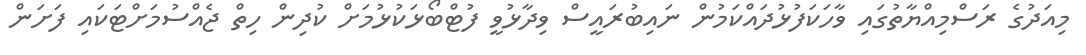
މިއަދުގެ ރަސްމިއްޔާތުގައި ވާހަކަފުޅުދައްކަމުން ނައިބުރައީސް ވިދާޅުވީ ފުޓްބޯޅަކުޅުމަށް ކުދިން ހިތް ޖެއްސުމަށްޓަކައި ފަށަން